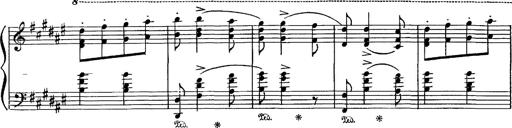
Title: Hungarian Rhapsody No.16
Composer: Franz Liszt
Key: A minor